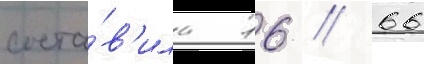
соста́в'ила 16 / 66